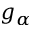
g _ { \alpha }